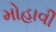
મોહાવી